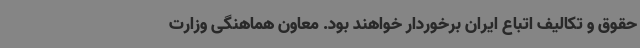
حقوق و تکالیف اتباع ایران برخوردار خواهند بود. معاون هماهنگی وزارت